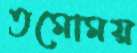
তমোময়